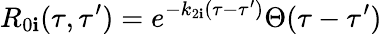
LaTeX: R_{0\mathbf{i}}(\tau,\tau^{\prime})=e^{-k_{2\mathbf{i}}(\tau-\tau^{\prime})}\Theta(\tau-\tau^{\prime})